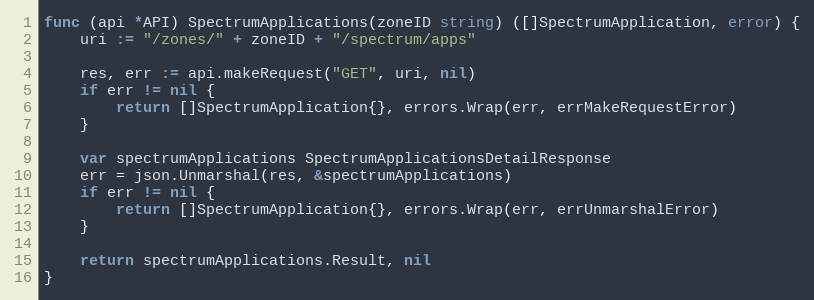
Language: Go
func (api *API) SpectrumApplications(zoneID string) ([]SpectrumApplication, error) {
	uri := "/zones/" + zoneID + "/spectrum/apps"

	res, err := api.makeRequest("GET", uri, nil)
	if err != nil {
		return []SpectrumApplication{}, errors.Wrap(err, errMakeRequestError)
	}

	var spectrumApplications SpectrumApplicationsDetailResponse
	err = json.Unmarshal(res, &spectrumApplications)
	if err != nil {
		return []SpectrumApplication{}, errors.Wrap(err, errUnmarshalError)
	}

	return spectrumApplications.Result, nil
}